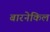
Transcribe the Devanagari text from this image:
बारनेकिल